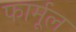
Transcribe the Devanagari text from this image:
फार्मूल